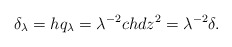
\begin{align*} \delta_{\lambda} = h q_{\lambda} = \lambda^{-2} ch dz^2= \lambda^{-2} \delta.\end{align*}